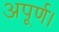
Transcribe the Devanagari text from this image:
अपूर्ण।